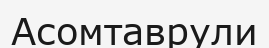
Асомтаврули